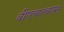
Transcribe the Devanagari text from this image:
बीएचएचएस